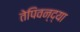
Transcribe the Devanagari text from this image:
तेपिवन्द्या